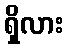
ရှိလား